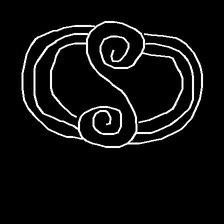
Glyph: wind-underfoot